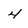
Character: 4